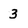
Character: 3